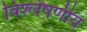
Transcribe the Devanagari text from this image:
विश्लेषणीय